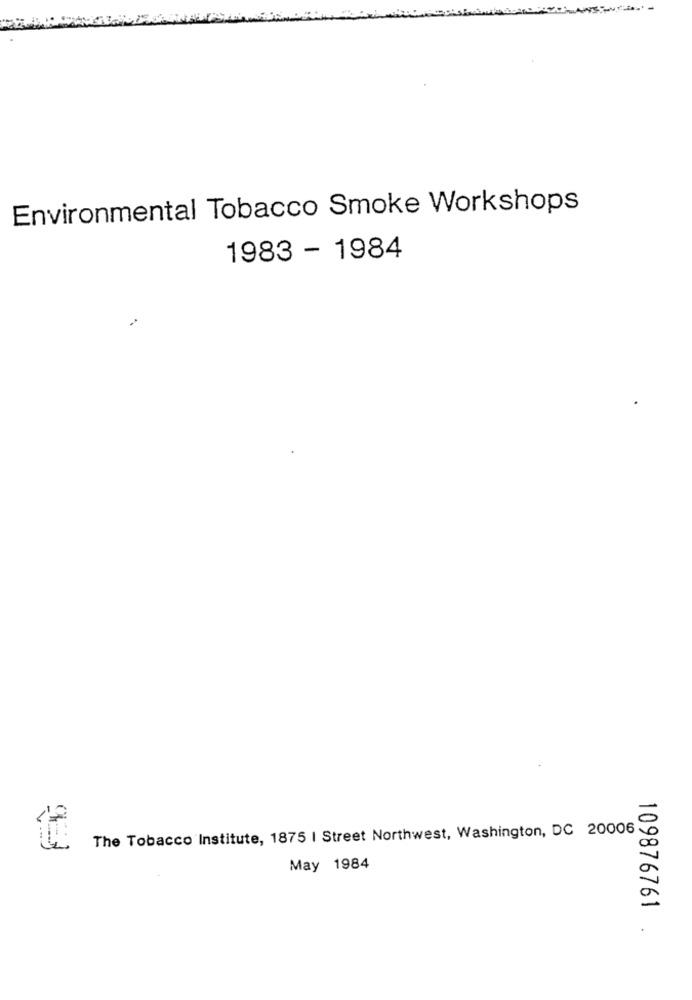
Environmental Tobacco Smoke Workshops
1983 - 1984
The Tobacco Institute, 1875 | Street Northwest, Washington, DC 20006
May 1984
109876761